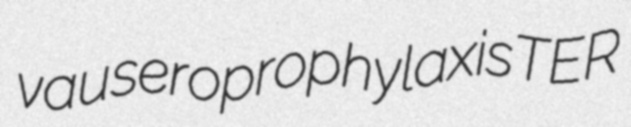
vau seroprophylaxis TER